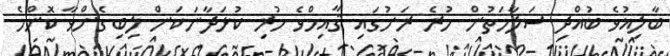
ބާލިޣުވެ ބުއްދި ސަލާމަތުން ހުރެ ރަށުގައި ޤާއިމްވެ ހުރި ކުޅަދާނަކަން ލިބިގެންވާ ކޮންމެ